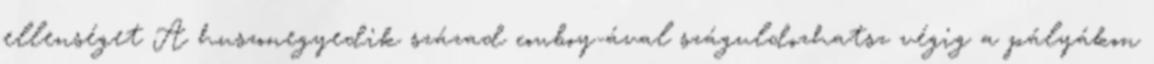
ellenséget A huszonegyedik század cowboy-ával száguldozhatsz végig a pályákon